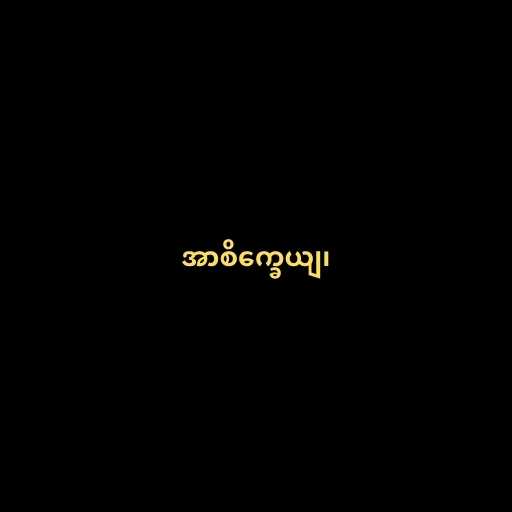
အာစိက္ခေယျ၊